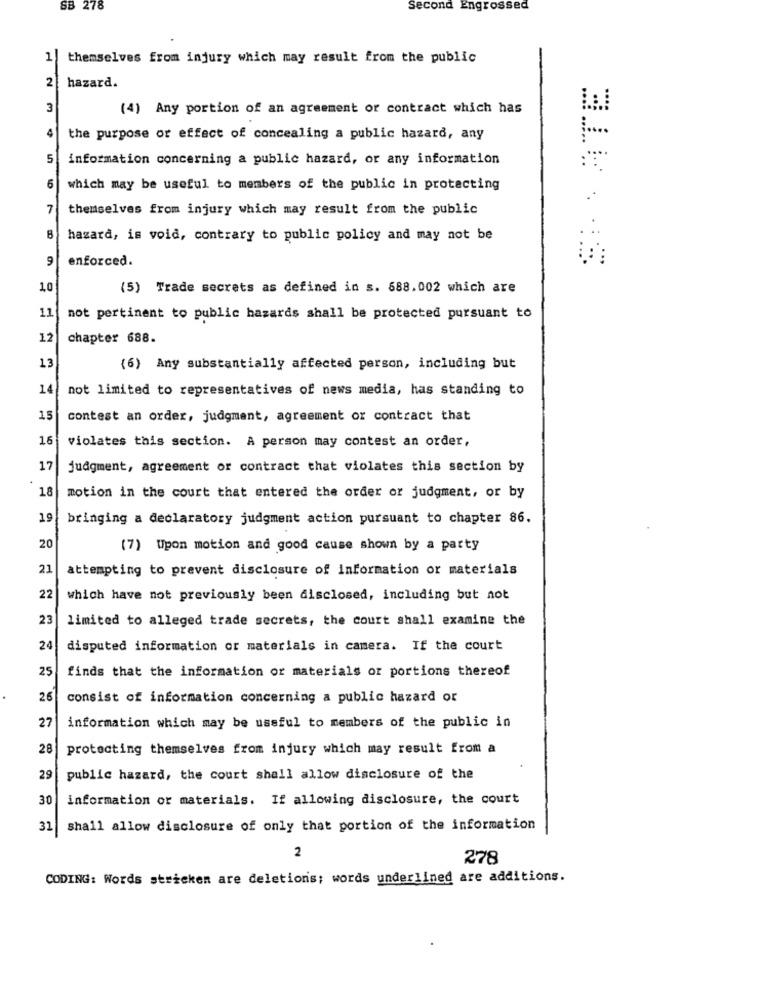
SB 278
Second Engrossed
1 themselves from injury which may result from the public
hazard.
2
3
(4) Any portion of an agreement or contract which has
the purpose or effect of concealing a public hazard, any
5
information concerning a public hazard, or any information
6
which may be useful to members of the public in protecting
7
themselves from injury which may result from the public
8
hazard, is void, contrary to public policy and may not be
9
enforced.
10
(5) Trade secrets as defined in s. 688.002 which are
11
not pertinent to public hazards shall be protected pursuant to
12
chapter 688.
13
(6) Any substantially affected person, including but
14
not limited to representatives of news media, has standing to
15
contest an order, judgment, agreement or contract that
16
violates this section. A person may contest an order,
17
judgment, agreement or contract that violates this section by
18
motion in the court that entered the order or judgment, or by
19
bringing a declaratory judgment action pursuant to chapter 86.
20
(7) Upon motion and good cause shown by a party
21
attempting to prevent disclosure of Information or materials
22
which have not previously been disclosed, including but not
23
limited to alleged trade secrets, the court shall examine the
24
disputed information or materials in camera. If the court
25
finds that the information or materials or portions thereof
26
consist of information concerning a public hazard or
27
information which may be useful to members of the public in
28
protecting themselves from injury which may result from a
29
public hazard, the court shall allow disclosure of the
30
information or materials. If allowing disclosure, the court
31
shall allow disclosure of only that portion of the information
2
278
CODING: Words stricken are deletions; words underlined are additions.